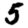
Digit: 5